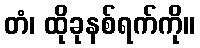
တံ၊ ထိုခုနစ်ရက်ကို။